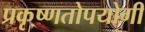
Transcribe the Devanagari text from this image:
प्रकृष्णतोपयोगी